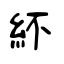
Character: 紑